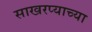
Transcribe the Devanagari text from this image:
साखरप्याच्या